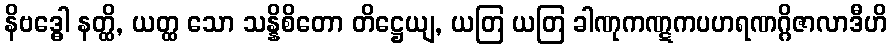
နိဗဒ္ဓေါ နတ္ထိ, ယတ္ထ သော သန္နိစိတော တိဋ္ဌေယျ, ယတြ ယတြ ခါဏုကဏ္ဋကပဟရဏဂ္ဂိဇာလာဒီဟိ